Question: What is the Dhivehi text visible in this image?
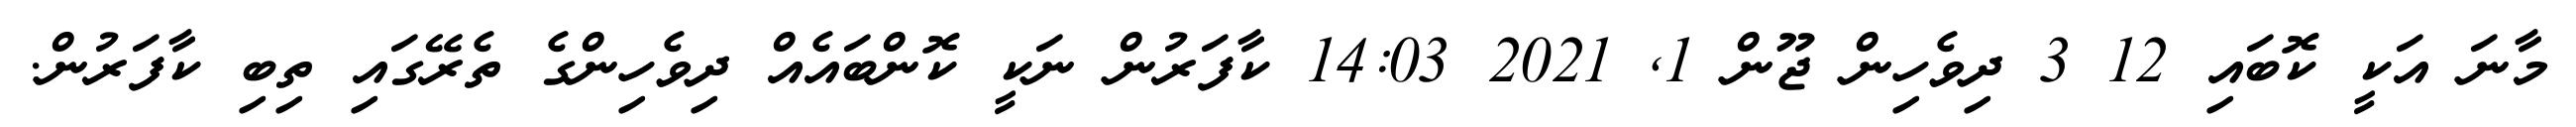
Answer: މާނަ އަކީ ކޮބައި 12 3 ދިވެހިން ޖޫން 1, 2021 14:03 ކާފަރުން ނަކީ ކޮންބައެއް ދިވެހިންގެ ތެރޭގައި ތިބި ކާފަރުން.